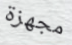
مجهزة